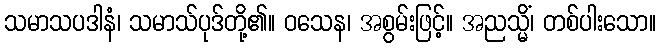
သမာသပဒါနံ၊ သမာသ်ပုဒ်တို့၏။ ဝသေန၊ အစွမ်းဖြင့်။ အညသ္မိံ၊ တစ်ပါးသော။